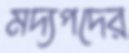
মদ্যপদের